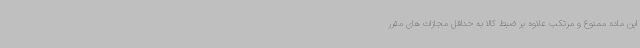
این ماده ممنوع و مرتکب علاوه بر ضبط کالا به حداقل مجازات های مقرر